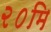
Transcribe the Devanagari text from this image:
२०मि